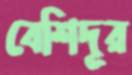
বেশিদূর